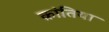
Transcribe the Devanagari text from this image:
क्रांतिया